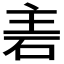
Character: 𮀒